Lunatic asylums United Prov. 1922-30 - 1922-1930
Year: 1922
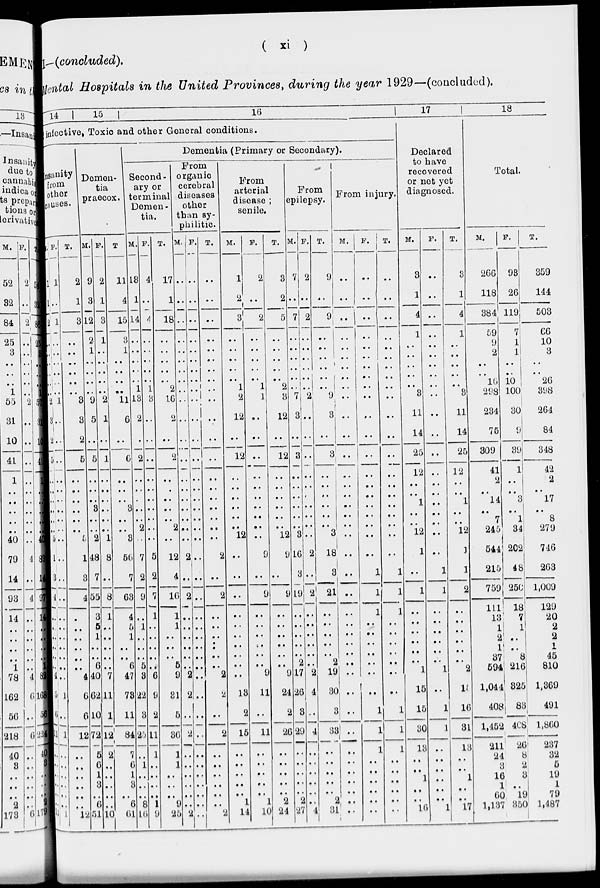
( xi )
I—(concluded).
Mental Hospitals in the United Provinces, during the year 1929—(concluded).
14
15
16
infective, Toxic and other General conditions.
insanity
from
other
causes.
M.
1
1
2
..
..
..
..
..
..
2
3
2
5
..
..
..
..
..
..
5
1
3
4
..
..
..
..
..
..
4
5
6
11
..
..
..
..
..
..
11
F.
1
..
1
..
..
..
..
..
..
1
..
..
..
..
..
..
..
..
..
..
..
..
..
..
..
..
..
..
..
1
..
1
..
..
..
..
..
..
1
T.
2
1
3
..
..
..
..
..
..
3
3
2
5
..
..
..
..
..
5
1
3
4
..
..
..
..
..
..
4
6
6
12
..
..
..
..
..
..
12
Demen-
tia
praecox.
M.
9
3
12
2
1
..
..
..
..
9
5
..
5
..
..
3
..
..
2
48
7
55
3
5
1
..
..
6
40
62
10
72
5
6
1
3
..
6
51
F.
2
1
3
1
..
..
..
..
..
2
1
..
1
..
..
..
..
..
1
8
..
8
1
..
..
..
..
..
7
11
1
12
2
..
..
..
..
..
10
T
11
4
15
3
1
..
..
..
..
11
6
..
6
..
..
3
..
..
3
56
7
63
4
5
1
..
..
6
47
73
11
84
7
6
1
3
..
6
61
Dementia (Primary or Secondary).
Second-
ary or
terminal
Demen-
tia.
M.
13
1
14
..
..
..
..
..
1
13
2
..
2
..
..
..
..
2
..
7
2
9
..
1
..
..
..
5
3
22
3
25
..
1
..
..
..
8
10
F.
4
..
4
..
..
..
..
..
1
3
..
..
..
..
..
..
..
..
..
5
2
7
1
..
..
..
..
..
6
9
2
11
1
..
..
..
..
1
9
T.
17
1
18
..
..
..
..
..
2
16
2
..
2
..
..
..
..
2
..
12
4
16
1
1
..
..
..
5
9
31
5
36
1
1
..
..
..
9
25
From
organic
cerebral
diseases
other
than sy-
philitic.
M.
..
..
..
..
..
..
..
..
..
..
..
..
..
..
..
..
..
..
2
..
2
..
..
..
..
..
..
2
2
..
2
..
..
..
..
..
..
2
F.
..
..
..
..
..
..
..
..
..
..
..
..
..
..
..
..
..
..
..
..
..
..
..
..
..
..
..
..
..
..
..
..
..
..
..
..
..
..
..
T.
..
..
..
..
..
..
..
..
..
..
..
..
..
..
..
..
..
..
..
2
..
2
..
..
..
..
..
..
2
2
..
2
..
..
..
..
..
..
2
From
arterial
disease ;
senile.
M.
1
2
3
..
..
..
..
..
1
2
12
..
12
..
..
..
..
..
12
..
..
..
..
..
..
..
..
..
..
13
2
15
..
..
..
..
..
1
14
F.
2
..
2
..
..
..
..
..
1
1
..
..
..
..
..
..
..
..
..
9
..
9
..
..
..
..
..
..
9
11
..
11
..
..
..
..
..
1
10
T.
3
2
5
..
..
..
..
..
2
3
12
..
12
..
..
..
..
..
12
9
..
9
..
..
..
..
..
..
9
24
2
26
..
..
..
..
..
2
24
From
epilepsy.
M.
7
..
7
..
..
..
..
..
..
7
3
..
3
..
..
..
..
..
3
16
3
19
..
..
..
..
..
2
17
26
3
29
..
..
..
..
..
2
27
F.
2
..
2
..
..
..
..
..
..
2
..
..
..
..
..
..
..
..
..
2
..
2
..
..
..
..
..
..
2
4
..
4
..
..
..
..
..
..
4
T.
9
..
9
..
..
..
..
..
..
9
3
..
3
..
..
..
..
..
3
18
3
21
..
..
..
..
..
2
19
30
3
33
..
..
..
..
..
2
31
From injury.
M.
..
..
..
..
..
..
..
..
..
..
..
..
..
..
..
..
..
..
..
..
..
..
..
..
..
..
..
..
..
..
..
..
..
..
..
..
..
..
..
F.
..
..
..
..
..
..
..
..
..
..
..
..
..
..
..
..
..
..
..
..
..
1
1
1
..
..
..
..
..
..
. .
1
1
1
..
..
..
..
..
..
T.
..
..
..
..
..
..
..
..
..
..
..
..
..
..
..
..
..
..
..
..
1
1
1
..
..
..
..
..
..
..
1
1
1
..
..
..
..
..
..
17
Declared
to have
recovered
or net yet
diagnosed.
M.
3
1
4
1
..
..
..
..
..
3
11
14
25
12
..
1
..
..
12
1
..
1
..
..
..
..
..
..
1
15
15
30
13
..
..
1
..
..
10
F.
..
..
..
..
..
..
..
..
..
..
..
..
..
..
..
..
..
..
..
..
1
1
..
..
..
..
..
..
1
..
1
1
..
..
..
..
..
..
1
T.
3
1
4
1
..
..
..
..
..
3
11
14
25
12
..
1
..
..
12
1
1
2
..
..
..
..
..
..
2
15
16
31
13
..
..
1
..
..
17
18
Total.
M.
266
118
384
59
9
2
..
..
16
298
234
75
309
41
2
..
14
..
7
245
544
215
759
111
13
1
2
1
37
594
1,044
408
1,452
211
24
3
16
1
60
1,137
F.
93
26
119
7
1
1
..
..
10
100
30
9
39
1
..
..
3
..
1
34
202
48
250
18
7
1
..
..
8
216
325
83
408
26
8
2
3
..
19
350
T.
359
144
503
66
10
3
..
..
26
398
264
84
348
42
2
..
17
..
8
279
746
263
1,009
129
20
2
2
1
45
810
1,369
491
1,860
237
32
5
19
1
79
1,487